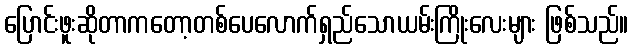
ပြောင်းဖူးဆိုတာကတော့တစ်ပေလောက်ရှည်သောယမ်းကြိုးလေးများ ဖြစ်သည်။